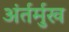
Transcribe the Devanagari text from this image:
अंर्तर्मुख